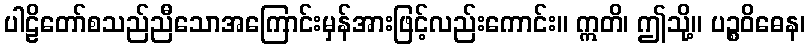
ပါဠိတော်စသည်ညီသောအကြောင်းမှန်အားဖြင့်လည်းကောင်း။ ဣတိ၊ ဤသို့။ ပဉ္စဝိဓေန၊